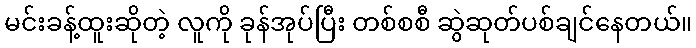
မင်းခန့်ထူးဆိုတဲ့ လူကို ခုန်အုပ်ပြီး တစ်စစီ ဆွဲဆုတ်ပစ်ချင်နေတယ်။